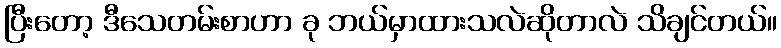
ပြီးတော့ ဒီသေတမ်းစာဟာ ခု ဘယ်မှာထားသလဲဆိုတာလဲ သိချင်တယ်။